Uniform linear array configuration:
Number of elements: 16
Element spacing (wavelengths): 0.75
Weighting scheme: binomial
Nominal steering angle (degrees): -15
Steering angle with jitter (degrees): -16.927
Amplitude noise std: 0.05
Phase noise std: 0.05

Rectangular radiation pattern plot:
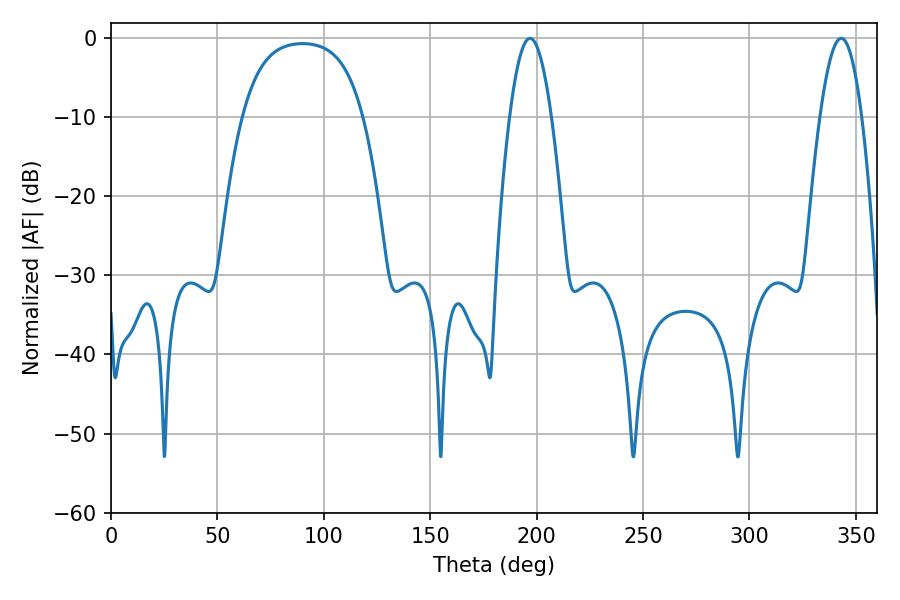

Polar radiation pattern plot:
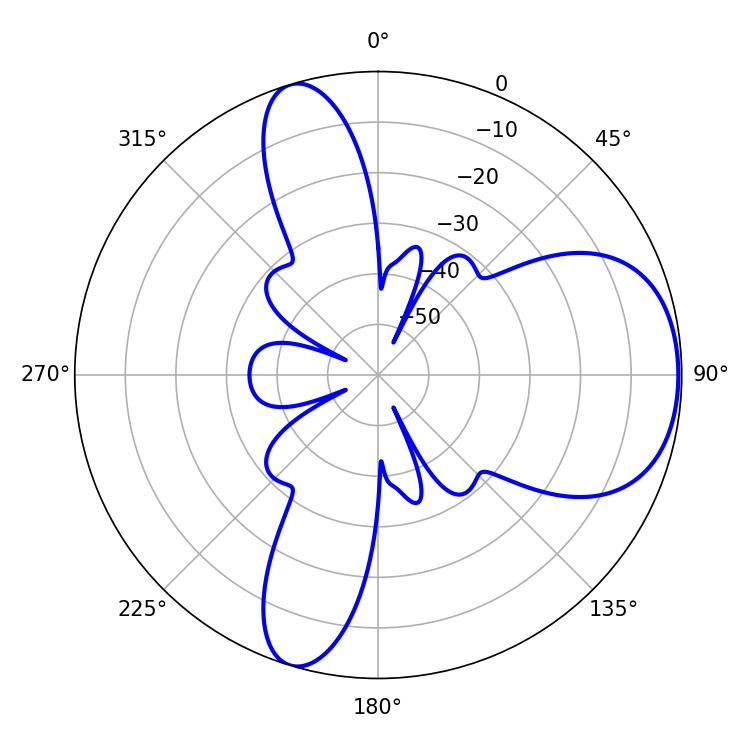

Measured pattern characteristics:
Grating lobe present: TRUE
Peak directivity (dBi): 6.546
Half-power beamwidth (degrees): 10.8
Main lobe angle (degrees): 343.08